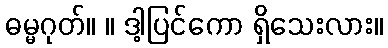
ဓမ္မဂုတ်။ ။ ဒါ့ပြင်ကော ရှိသေးလား။